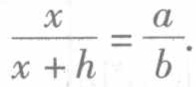
\(\frac{x}{x + h}=\frac{a}{b}\)